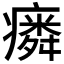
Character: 𱱥